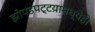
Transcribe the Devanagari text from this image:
झोपडपट्टय़ामध्येही